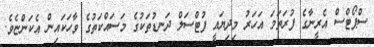
ސްޕޯޓްސް އެރީނާގެ ފުރަތަމަ އަހަރު މިދިޔައީ ފުޓްސަލް ދަނޑުތަކުގެ މަސައްކަތުގެ ވާހަކައިން އެކަންޏެވެ.